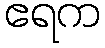
ဧရက